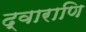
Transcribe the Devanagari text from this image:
द्वाराणि